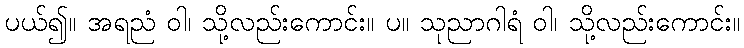
ပယ်၍။ အရညံ ဝါ၊ သို့လည်းကောင်း။ ပ။ သုညာဂါရံ ဝါ၊ သို့လည်းကောင်း။